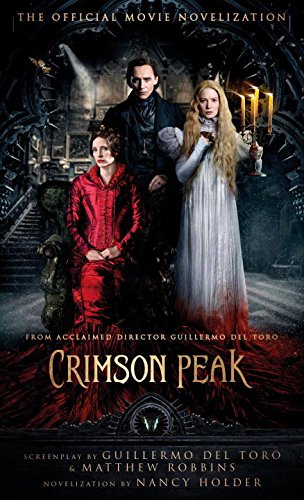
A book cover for Crimson Peak: The Official Movie Novelization; Nancy Holder; Mystery, Thriller & Suspense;